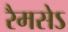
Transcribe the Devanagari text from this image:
रैमसेऽ